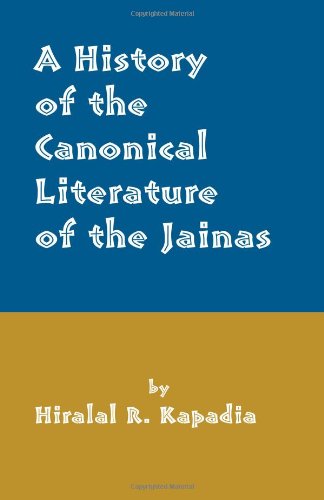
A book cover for A History of the Canonical Literature of the Jainas As; Hiralal Rasikdas Kapadia; Religion & Spirituality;